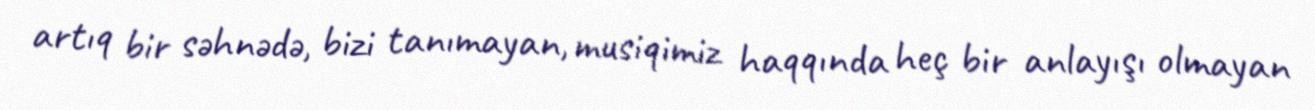
artıq bir səhnədə, bizi tanımayan, musiqimiz haqqında heç bir anlayışı olmayan